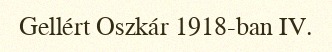
Gellért Oszkár 1918-ban IV.